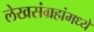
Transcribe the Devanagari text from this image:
लेखसंग्रहांमध्ये